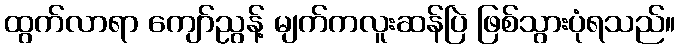
ထွက်လာရာ ကျော်ညွန့် မျက်ကလူးဆန်ပြဲ ဖြစ်သွားပုံရသည်။